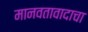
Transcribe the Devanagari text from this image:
मानवतावादाचा